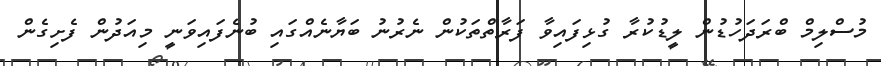
މުސްލިމް ބްރަދަހުޑުން ލީޑުކުރާ ގުޅިފައިވާ ފަރާތްތަކުން ނެރުނު ބަޔާނެއްގައި ބުނެފައިވަނީ މިއަދުން ފެށިގެން